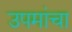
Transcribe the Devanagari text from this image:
उपमांचा